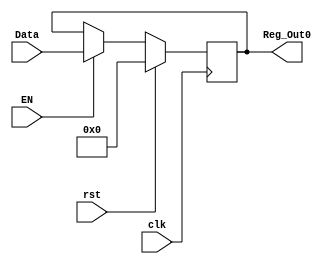
module WE_Regster #(parameter ANCHO=4) (input [(2**ANCHO)-1:0] Data,
                                        input rst,
                                        input EN,
                                        input clk,
                                        output reg [(2**ANCHO)-1:0] Reg_Out0
                                        );
reg [(2**ANCHO)-1:0] state;


always @(posedge clk) begin
    if (rst) begin
        state <= 0;

    end
    else begin
        if (EN==1) begin 
            state <= Data;

        end
        else begin
            state <= state;
        end
    end
end 
always @(*) begin
    Reg_Out0=state;
end
endmodule